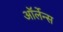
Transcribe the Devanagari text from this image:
ऑर्लेन्स